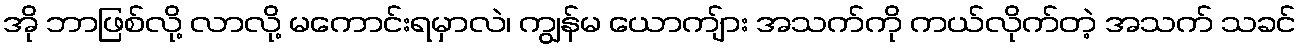
အို ဘာဖြစ်လို့ လာလို့ မကောင်းရမှာလဲ၊ ကျွန်မ ယောကျ်ား အသက်ကို ကယ်လိုက်တဲ့ အသက် သခင်